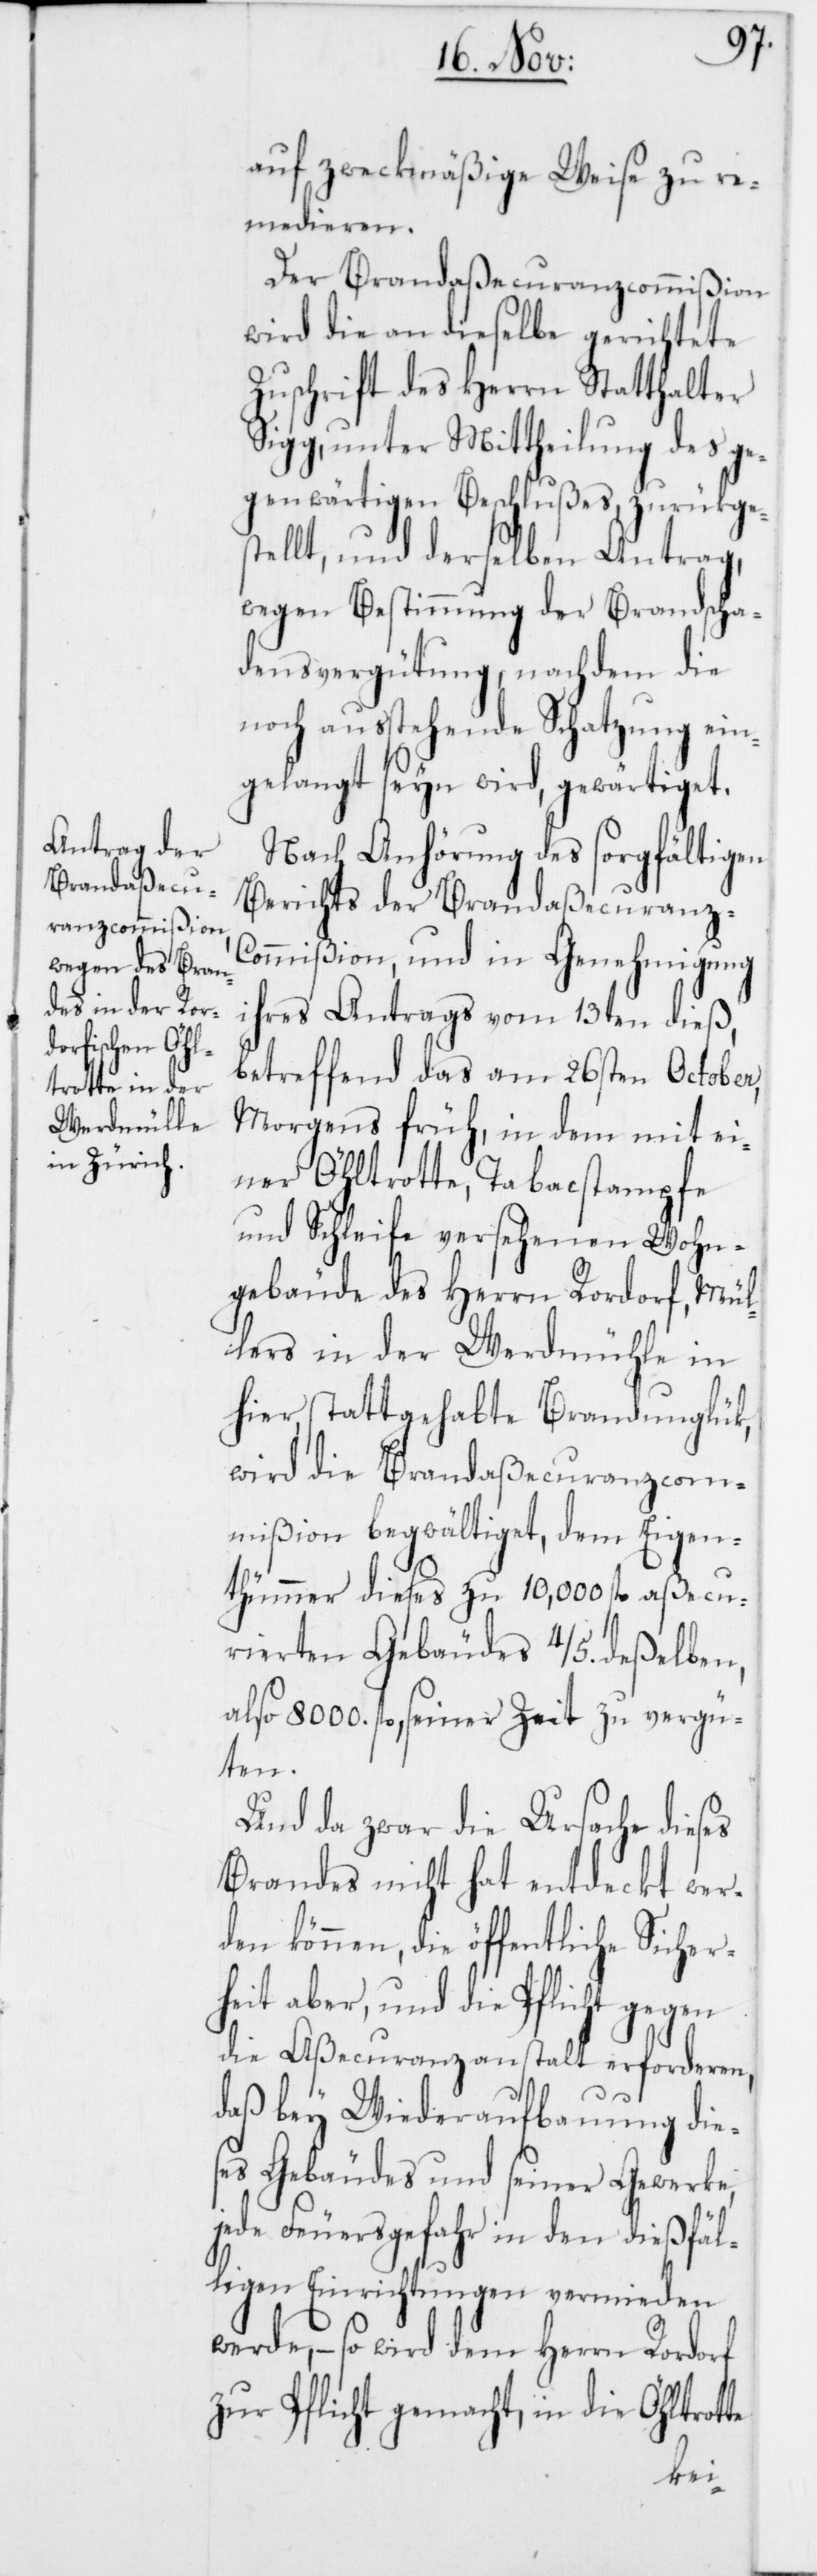
auf zweckmäßige Weise zu re¬
medieren.
Der Brandaßecuranzcommißion
wird die an dieselbe gerichtete
Zuschrift des Herrn Statthalter
Sigg, unter Mittheilung des ge¬
genwärtigen Beschlußes, zurükges¬
tellt, und derselben Antrag,
wegen Bestimmung der Brandscha¬
densvergütung, nachdem die
noch ausstehende Schatzung ein¬
gelangt seyn wird, gewärtiget.
Nach Anhörung des sorgfältigen
Berichts der Brandaßecuranz-C¬
ommißion, und in Genehmigung
ihres Antrags vom 13ten dieß,
betreffend das am 26sten October,
Morgens früh, in dem mit ei¬
ner Öhltrotte, Tabacstampfe
und Schleife versehenen Wohn¬
gebäude des Herrn Rordorf, Mül¬
lers in der Werdmühle in
hier, stattgehabte Brandunglük,
wird die Brandaßecuranzcom¬
mißion begwältiget, dem Eigen¬
thümer dieses zu 10,000. fl. aßecu¬
rierten Gebäudes 4/5. deßelben,
also 8000. fl., seiner Zeit zu vergü¬
ten.
Und da zwar die Ursache dieses
Brandes nicht hat entdeckt wer¬
den können, die öffentliche Sicher¬
heit aber, und die Pflicht gegen
die Aßecuranzanstalt erforderen,
daß bey Wiederaufbauung die¬
ses Gebäudes und seiner Gewerke,
jede Feuersgefahr in den dießfäl¬
ligen Einrichtungen vermieden
werde, – so wird dem Herrn Rordorf
zur Pflicht gemacht, in die Öhltrotte